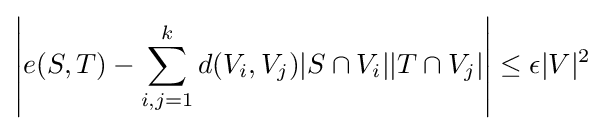
\left|e(S,T)-\sum _{i,j=1}^{k}d(V_{i},V_{j})|S\cap V_{i}||T\cap V_{j}|\right|\leq \epsilon |V|^{2}